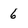
Character: 6